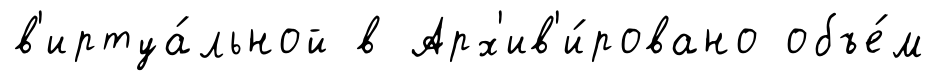
в'иртуа́льной в Арх'ив'и́ровано объе́м